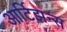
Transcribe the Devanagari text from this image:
आर्टिझन्स